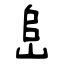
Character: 峊